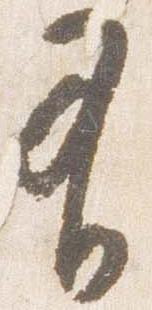
有